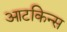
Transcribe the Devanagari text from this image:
आटकिन्स